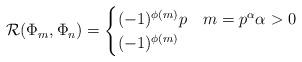
LaTeX: \begin{align*} \mathcal{R}(\Phi_m, \Phi_n) = \begin{cases} (-1)^{\phi(m)} p & m = p^{\alpha} \alpha > 0\\ (-1)^{\phi(m)} &\end{cases}\end{align*}